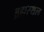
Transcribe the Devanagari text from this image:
ब्रह्मस्थल